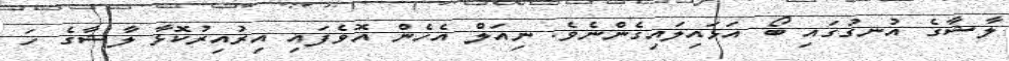
ލާޝާގެ އުނގުގައި ބޯ އަޅައިލައިގެންނެވެ. ނިއަލް އެހެން އޮވެފައި އިރުއިރުކޮޅާ ލާޝާގެ ހަ